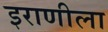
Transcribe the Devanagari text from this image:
इराणीला